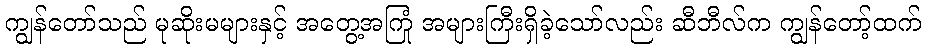
ကျွန်တော်သည် မုဆိုးမများနှင့် အတွေ့အကြုံ အများကြီးရှိခဲ့သော်လည်း ဆီဘီလ်က ကျွန်တော့်ထက်